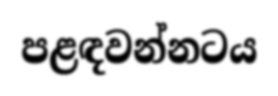
පළඳවන්නටය